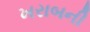
ખરાબની